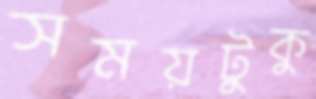
সময়টুকু